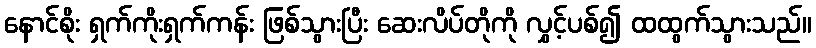
နောင်စိုး ရှက်ကိုးရှက်ကန်း ဖြစ်သွားပြီး ဆေးလိပ်တိုကို လွှင့်ပစ်၍ ထထွက်သွားသည်။